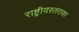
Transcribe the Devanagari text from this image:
राष्ट्रीयस्तरावर